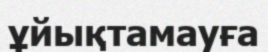
ұйықтамауға